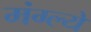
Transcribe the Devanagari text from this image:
मंग्ल्ये